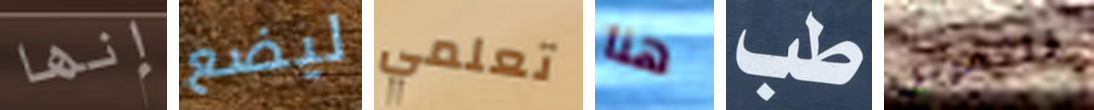
إنها ليضع تعلمي هنا طب للتمرين